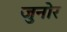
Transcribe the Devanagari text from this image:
जुनोर